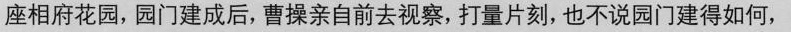
座相府花园，园门建成后，曹操亲自前去视察，打量片刻，也不说园门建得如何，